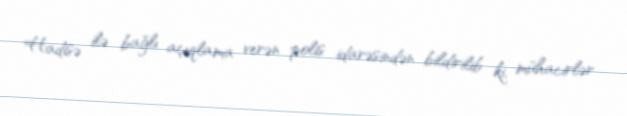
Hadisə ilə bağlı açıqlama verən polis idarəsindən bildirilib ki, mühacirlər